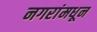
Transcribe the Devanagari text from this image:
नगरांमधून